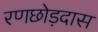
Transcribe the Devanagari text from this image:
रणछोड़दास